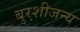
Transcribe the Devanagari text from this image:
बुरशीजन्य